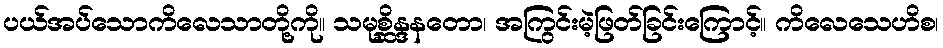
ပယ်အပ်သောကိလေသာတို့ကို။ သမုစ္ဆိန္ဒနတော၊ အကြွင်းမဲ့ဖြတ်ခြင်းကြောင့်။ ကိလေသေဟိစ၊